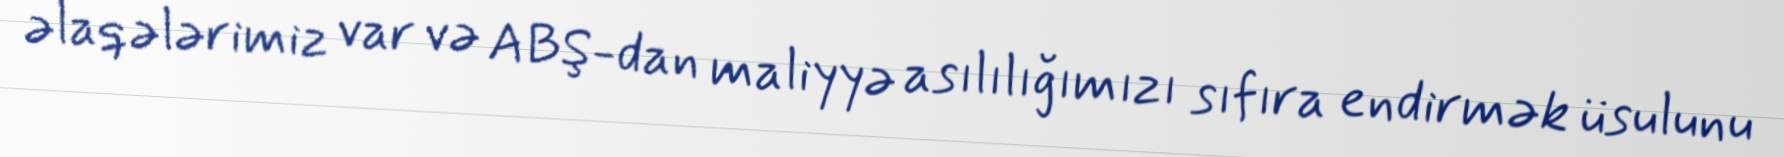
əlaqələrimiz var və ABŞ-dan maliyyə asılılığımızı sıfıra endirmək üsulunu